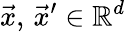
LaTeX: \vec{x},\, \vec{x}^{\prime}\in\mathbb R^{d}